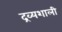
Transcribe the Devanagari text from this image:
द्रव्यशाली